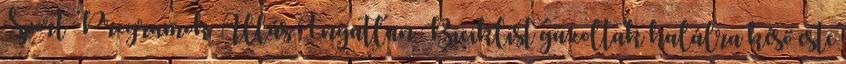
Sport Programok Állás Ingatlan Biciklist gázoltak halálra késő este